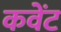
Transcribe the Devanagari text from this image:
कवेंट